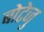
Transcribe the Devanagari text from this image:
बोटेजु